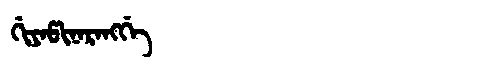
Manchu: ᡤᡳᠶᠠᡦᡳᠨᠠᡵᠠᠩᡤᡝ
Romanization: GIYAPINARANGGE